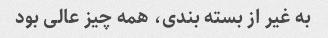
به غیر از بسته بندی، همه چیز عالی بود